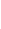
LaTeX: S\! \! \! \! \! \! \! \! \! \! \! \! ^{\! }\! \! \! \! \! \! \! \! \! \! \! +\! \! \! \! \! \! \! \! \! \! \! \! =\! \! \! \! \! \! \! \! \! \! \! \! {p\! \! \! \! \! \! \! \! \! \! \! \! \in\! \! \! \! \! \! \! \! \! \! \! \! U\! \! \! \! \! \! \! \! \! \! \! \! :\! \! \! \! \! \! \! \! \! \! \! \! H\! \! \! \! \! \! \! \! \! \! \! \! (p\! \! \! \! \! \! \! \! \! \! \! \! )\! \! \! \! \! \! \! \! \! \! \! \! \geq\! \! \! \! \! \! \! \! \! \! \! \! 0\! \! \! \! \! \! \! \! \! \! \! \! \! \! \! \! \! \! \! \! \! \! \! \! }\! \! \! \! \! \! \! \! \! \! \!